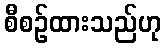
စီစဉ်ထားသည်ဟု